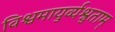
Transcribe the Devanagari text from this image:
विश्वमायुर्व्यश्नुताम्‌